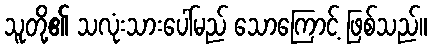
သူတို့၏ သလုံးသားပေါ်မည် သောကြောင့် ဖြစ်သည်။